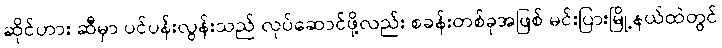
ဆိုင်ဟား ဆီမှာ ပင်ပန်းလွန်းသည် လုပ်ဆောင်ဖို့လည်း စခန်းတစ်ခုအဖြစ် မင်းပြားမြို့နယ်ထဲတွင်